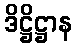
ဒိဋ္ဌိဋ္ဌာန